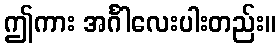
ဤကား အင်္ဂါလေးပါးတည်း။